Report on plague in the Punjab from October 1st ... to September 30th ..., being the ... season of plague in the province
Disease focus: Plague
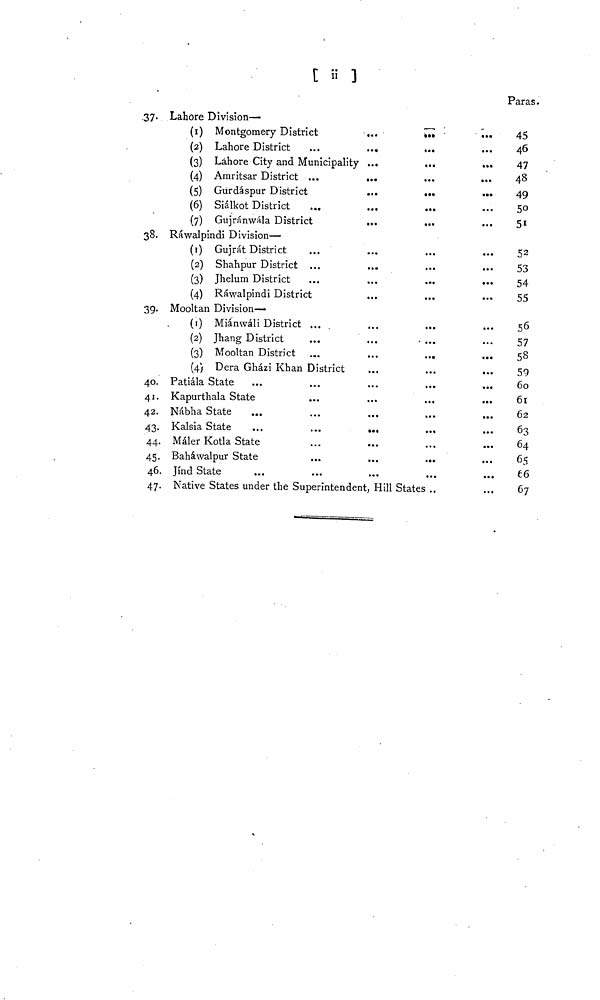
[ ii ]
37.
38.
39.
40.
41.
42.
43.
44.
45.
46.
47.
Lahore Division—
(1)
(2)
(3)
(4)
(5)
(6)
(7)
Montgomery District
Lahore District
...
Lahore City and Municipality ...
Amritsar District
Gurdáspur District
Siálkot District
...
...
Gujránwála District
Rawalpindi Division—
(1)
(2)
(3)
(4)
Gujrát District
Shahpur District
Jhelum District
...
...
Ráwalpindi District
Mooltan Division—
(1)
(2)
(3)
(4)
Miánwáli District
Jhang District
Mooltan District
...
...
...
a.«
...
...
...
Dera Gházi Khan District
Patiála State
Kapurthala state
:
Nábha State
Kalsia State
Máler Kotla State
Baháwalpur State
Jind State
...
...
...
...
...
...
...
...
...
...
...
...
...
...
...
...
...
...
...
Native States under the Superintendent, Hill States .,
..
.
• • •
• • •
• • •
...
Paras.
45
46
47
48
49
50
51
52
53
54
55
56
57
53
59
60
61
62
63
64
65
66
67